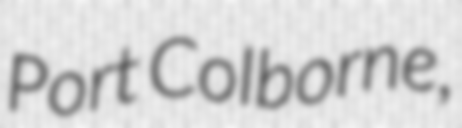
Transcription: Port Colborne,